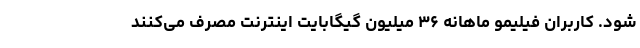
شود. کاربران فیلیمو ماهانه ۳۶ میلیون گیگابایت اینترنت مصرف می‌کنند